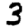
Digit: 3